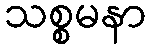
သစ္စမနာ